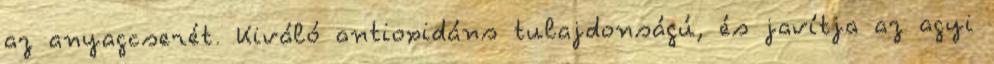
az anyagcserét. Kiváló antioxidáns tulajdonságú, és javítja az agyi